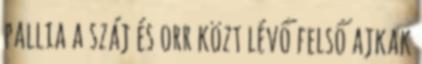
pallia a száj és orr közt lévő felső ajkak